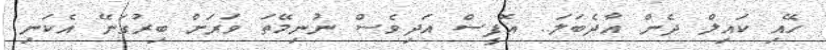
ހޭއި ކައިލް ދެން އާދެބަލަ.. އޮފީސް އަދިވެސް ނުނިމޭތަ ވަރަށް ބިރުގަނޭ އެކަނި